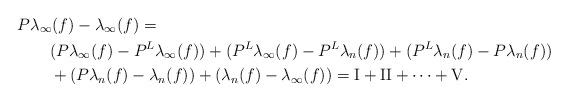
LaTeX: \begin{align*}\lefteqn{P\lambda_\infty(f)-\lambda_\infty(f)=}\qquad&\\&(P\lambda_\infty(f)-P^{L}\lambda_\infty(f))+(P^L\lambda_\infty(f)-P^L\lambda_n(f))+(P^L\lambda_n(f)-P\lambda_n(f))\\&+(P\lambda_n(f)-\lambda_n(f))+(\lambda_n(f)-\lambda_\infty(f))=\textrm{I}+\textrm{II}+\dotsb+\textrm{V}.\end{align*}